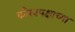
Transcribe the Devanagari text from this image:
कौरवपक्षाच्या